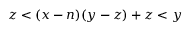
z < ( x - n ) ( y - z ) + z < y